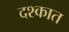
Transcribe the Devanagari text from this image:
दश्कात